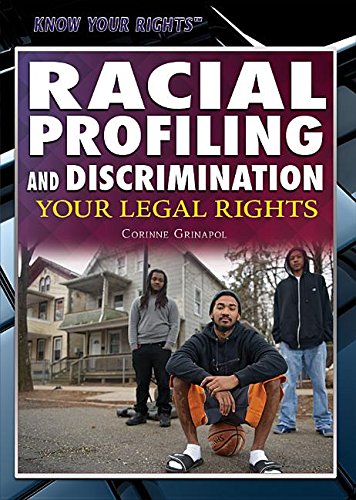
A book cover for Racial Profiling and Discrimination: Your Legal Rights (Know Your Rights); Corinne Grinapal; Teen & Young Adult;